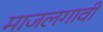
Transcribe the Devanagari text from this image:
माजलगावी